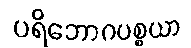
ပရိဘောဂပစ္စယာ